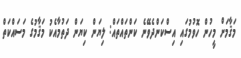
މަޤާމަށް މީހުން ހޮވުމުގައި އިސްކަންދެވޭނެ ކަންތައްތައް: ލިޔަން ކިޔަން ދަތުމާއެކު މަޤާމުގެ މަސައްކަތް